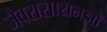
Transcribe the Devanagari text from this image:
जैवरासायनज्ञों